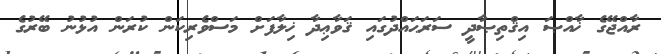
ރާއްޖޭގެ ޚާއްޞަ އިޤްތިޞާދީ ސަރަޙައްދުގައި ޤަވާޢިދާ ޚިލާފަށް މަސްވެރިކަން ކުރަން އުޅުނު ބޭރުގެ